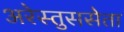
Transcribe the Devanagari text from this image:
अरेस्तुससेता